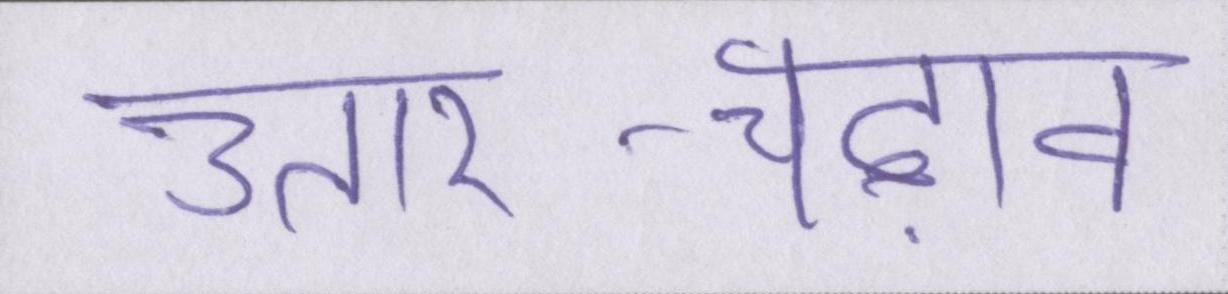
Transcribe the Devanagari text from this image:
उतार-चढ़ाव